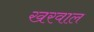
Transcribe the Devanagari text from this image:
खरवाल